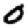
Digit: 0